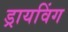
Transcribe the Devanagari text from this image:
ड्रायविंग